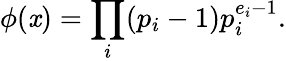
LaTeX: \phi(\mathit{x})=\prod_{i}(p_{i}-1)p_{i}^{e_{i}-1}.